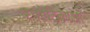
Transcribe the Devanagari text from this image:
स्फोटिकाओं